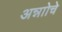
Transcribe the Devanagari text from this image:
अन्नाोचे